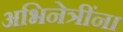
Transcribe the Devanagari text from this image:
अभिनेत्रींना